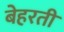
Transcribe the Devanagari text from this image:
बेहरती